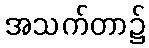
အသက်တာ၌